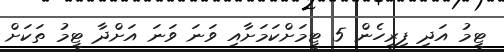
ޓީމު އަދި ފިރިހެން 5 ޓީމަށްކަމަށާއި ވަނަ ވަނަ އަށްދާ ޓީމު ތަކަށް